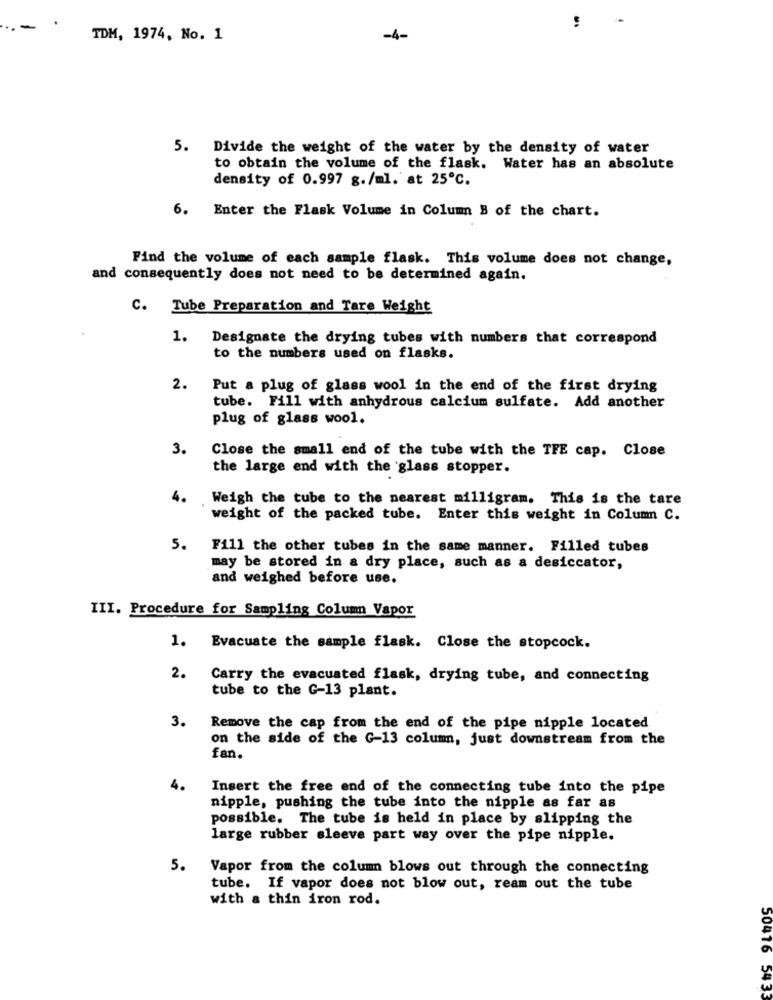
TDM, 1974, No. 1
-4-
5. Divide the weight of the water by the density of water
to obtain the volume of the flask. Water has an absolute
density of 0.997 g./ml. at 25℃.
6. Enter the Flask Volume in Column B of the chart.
Find the volume of each sample flask. This volume does not change,
and consequently does not need to be determined again.
C. Tube Preparation and Tare Weight
1. Designate the drying tubes with numbers that correspond
to the numbers used on flasks.
2.
Put a plug of glass wool in the end of the first drying
tube. Fill with anhydrous calcium sulfate. Add another
plug of glass wool.
3.
Close the small end of the tube with the TFE cap. Close
the large end with the glass stopper.
4.
Weigh the tube to the nearest milligram. This is the tare
weight of the packed tube. Enter this weight in Column C.
5. Fill the other tubes in the same manner. Filled tubes
may be stored in a dry place, such as a desiccator,
and weighed before use.
III. Procedure for Sampling Column Vapor
1. Evacuate the sample flask. Close the stopcock.
2.
Carry the evacuated flask, drying tube, and connecting
tube to the G-13 plant.
3.
Remove the cap from the end of the pipe nipple located
on the side of the G-13 column, just downstream from the
fan.
4.
Insert the free end of the connecting tube into the pipe
nipple, pushing the tube into the nipple as far as
possible. The tube is held in place by slipping the
large rubber sleeve part way over the pipe nipple.
5.
Vapor from the column blows out through the connecting
tube. If vapor does not blow out, ream out the tube
with a thin iron rod.
50476 5433